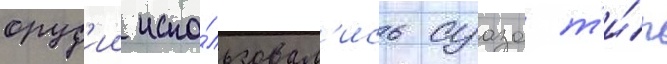
оруд'ии испо́льзовал'ись суазо т'и́п